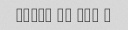
world at war 2